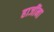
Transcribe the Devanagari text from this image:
हाजींना